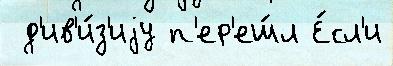
 д'ив'и́з'иjу п'ер'еш́л Е́сл'и